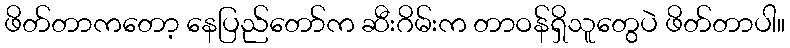
ဖိတ်တာကတော့ နေပြည်တော်က ဆီးဂိမ်းက တာဝန်ရှိသူတွေပဲ ဖိတ်တာပါ။